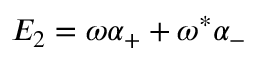
E _ { 2 } = \omega \alpha _ { + } + \omega ^ { \ast } \alpha _ { - }